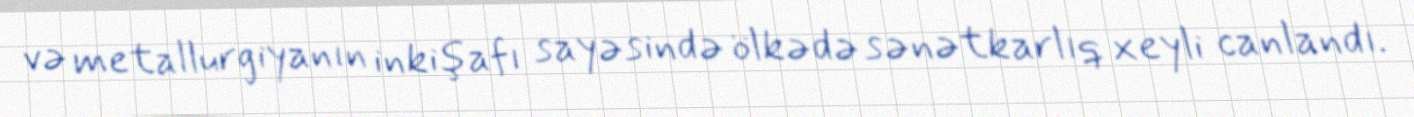
və metallurgiyanın inkişafı sayəsində ölkədə sənətkarlıq xeyli canlandı.